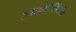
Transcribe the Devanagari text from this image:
सीनॉप्टेरिडेलीज़